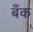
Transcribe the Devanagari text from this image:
बॅँक